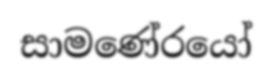
සාමණේරයෝ